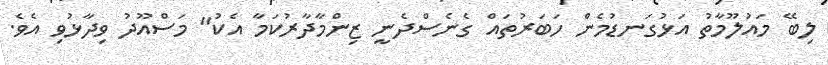
ލިބޭ މައުލޫމާތު އަޅުގަނޑުމެން ހަބަރުތައް ގެނެސްދެނީ ޒިންމާދާރުކަމާ އެކު" މަސްއޫދު ވިދާޅުވި އެވެ.